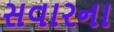
સવારના